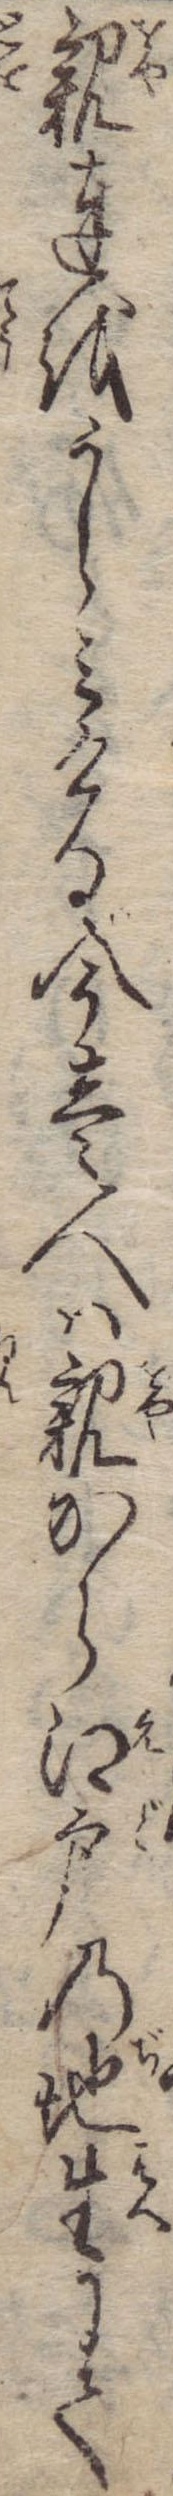
親達をうらみける今壱人は親から江戸の地生にて